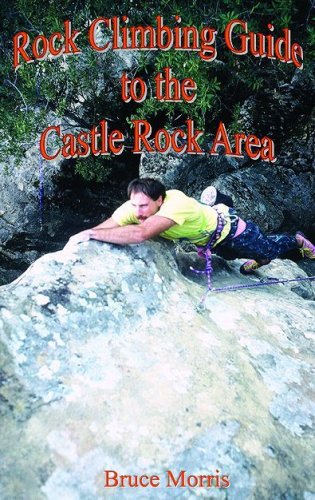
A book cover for Rock Climbing Guide to the Castle Rock Area; Bruce Morris; Sports & Outdoors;